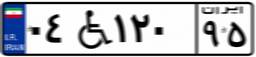
۰۶W۵۹۴۸۳